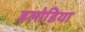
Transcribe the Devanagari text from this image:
इलोडिया